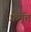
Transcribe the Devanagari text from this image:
फ़र्मत